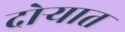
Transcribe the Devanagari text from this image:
दोर्‍यात